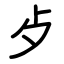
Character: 歺